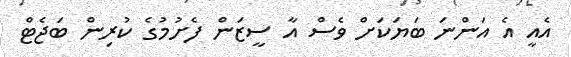
އެއީ އެ އަންނަ ބަޔަކަށް ވެސް އާ ސީޒަން ފެށުމުގެ ކުރިން ބަޖެޓް